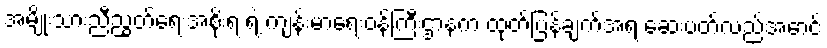
အမျိုးသားညီညွတ်ရေးအစိုးရ ရဲ့ ကျန်းမာရေးဝန်ကြီးဌာနက ထုတ်ပြန်ချက်အရ ဆေးပတ်လည်အောင်